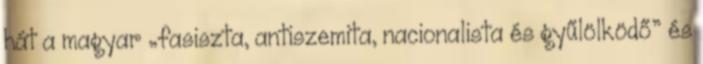
hát a magyar „fasiszta, antiszemita, nacionalista és gyűlölködő” és